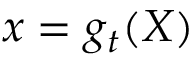
x = g _ { t } ( X )